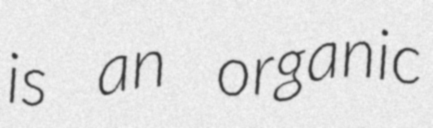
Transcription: is an organic